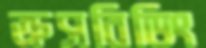
ক্রসবিডিং